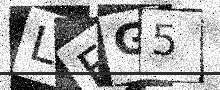
Text: LFG5